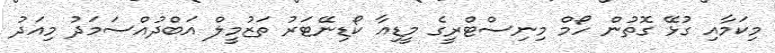
މިކަމާއި ގުޅޭ ގޮތުން ހޯމް މިނިސްޓްރީގެ މީޑިއާ ކޯޑިނޭޓަރު ތަޒުމީލް އަބްދުއްސަމަދު މިއަދު